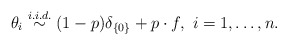
\begin{align*} \theta_i \stackrel{i. i. d.}{\sim} (1-p)\delta_{\{0\}} + p\cdot f, \mbox{ $i=1,\dots,n.$} \end{align*}